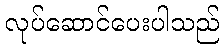
လုပ်ဆောင်ပေးပါသည်